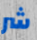
شر